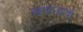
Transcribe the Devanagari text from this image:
सावल्यांची